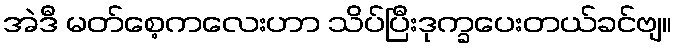
အဲဒီ မတ်စေ့ကလေးဟာ သိပ်ပြီးဒုက္ခပေးတယ်ခင်ဗျ။